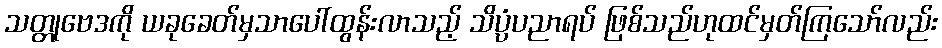
သတ္တုဗေဒကို ယခုခေတ်မှသာပေါ်ထွန်းလာသည့် သိပ္ပံပညာရပ် ဖြစ်သည်ဟုထင်မှတ်ကြသော်လည်း